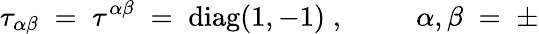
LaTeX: \tau_{\alpha\beta}\; =\; \tau^{\alpha\beta}\; =\; \mathrm{diag}(1,-1)\; ,\; \; \; \; \; \; \; \; \; \alpha,\beta\; =\; \pm